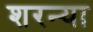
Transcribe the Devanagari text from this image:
शरन्या